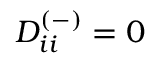
D _ { i i } ^ { ( - ) } = 0